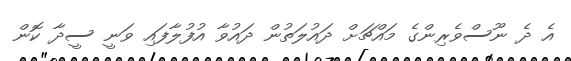
އެ ދެ ނޫސްވެރިންގެ މައްޗަށް ދައުލަތުން ދައުވާ އުފުލާފައި ވަނީ ސީދާ ކޮން